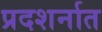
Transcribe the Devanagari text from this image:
प्रदशर्नात